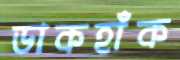
ডাকহাঁক